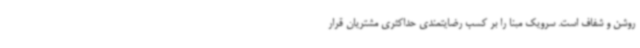
روشن و شفاف است. سرویک مبنا را بر کسب رضایتمندی حداکثری مشتریان قرار